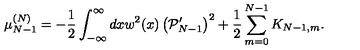
\mu _ { N - 1 } ^ { ( N ) } = - { \frac { 1 } { 2 } } \int _ { - \infty } ^ { \infty } d x w ^ { 2 } ( x ) \left( { \cal P } _ { N - 1 } ^ { \prime } \right) ^ { 2 } + { \frac { 1 } { 2 } } \sum _ { m = 0 } ^ { N - 1 } K _ { N - 1 , m } .